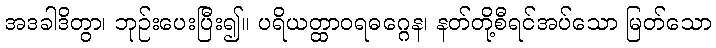
အဒခါဒိတွာ၊ ဘုဉ်းပေးပြီး၍။ ပရိယတ္ထာဝရဓဂ္ဂေန၊ နတ်တို့စီရင်အပ်သော မြတ်သော